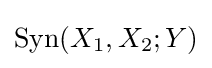
{\text{Syn}}(X_{1},X_{2};Y)